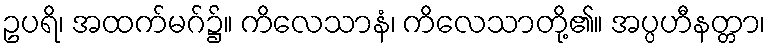
ဥပရိ၊ အထက်မဂ်၌။ ကိလေသာနံ၊ ကိလေသာတို့၏။ အပ္ပဟီနတ္တာ၊